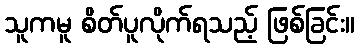
သူကမူ စိတ်ပူလိုက်ရသည့် ဖြစ်ခြင်း။